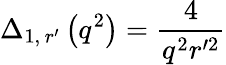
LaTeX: \Delta_{1,\, r^{\prime}}\left(q^{2}\right)=\frac{4}{q^{2}r^{\prime 2}}